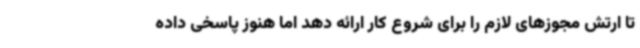
تا ارتش مجوزهای لازم را برای شروع کار ارائه دهد اما هنوز پاسخی داده